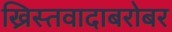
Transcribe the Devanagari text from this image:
ख्रिस्तवादाबरोबर